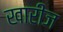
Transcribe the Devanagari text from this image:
खारीज